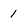
Character: 1